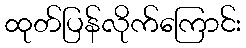
ထုတ်ပြန်လိုက်ကြောင်း